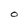
Character: O